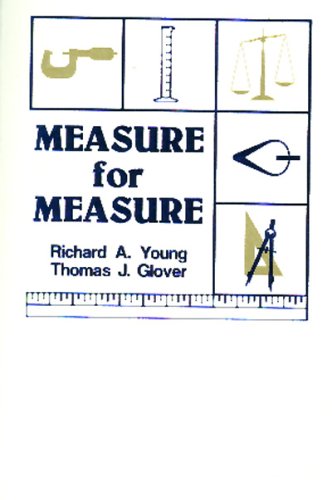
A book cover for Measure for Measure; Thomas J. Glover; Science & Math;